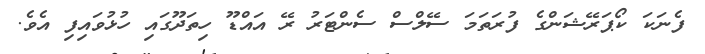
ފެނަކަ ކޯޕަރޭޝަންގެ ފުރަތަމަ ސޭލްސް ސެންޓަރު ރޭ އައްޑޫ ހިތަދޫގައި ހުޅުވައިފި އެވެ.